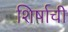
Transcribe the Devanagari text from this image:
शिर्षाची